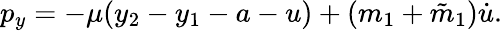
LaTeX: p_{y}=-\mu(y_{2}-y_{1}-a-u)+(m_{1}+\tilde{m}_{1})\dot{u}.